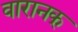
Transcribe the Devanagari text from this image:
वारानक्